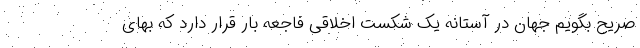
صریح بگویم جهان در آستانه یک شکست اخلاقی فاجعه بار قرار دارد که بهای